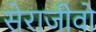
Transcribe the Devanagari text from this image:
सेराजीवो